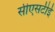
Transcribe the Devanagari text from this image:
सीएसटीई